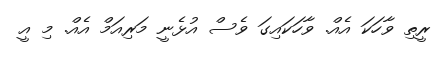
ރީތި ވާހަކަ އެއް. ވާހަކައިގަ ވެސް އުޅެނީ މަރިއަމް އެއް. މި އީ